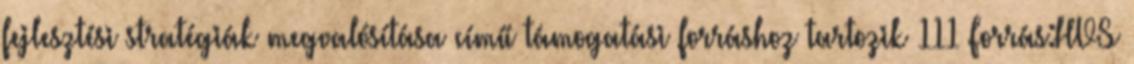
fejlesztési stratégiák megvalósítása című támogatási forráshoz tartozik 111 Forrás:HVS